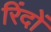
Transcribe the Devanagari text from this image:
रिंदों